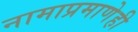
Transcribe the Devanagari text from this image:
नामाप्रमाणेही